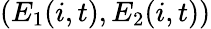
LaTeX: (E_{1}(i,t),E_{2}(i,t))